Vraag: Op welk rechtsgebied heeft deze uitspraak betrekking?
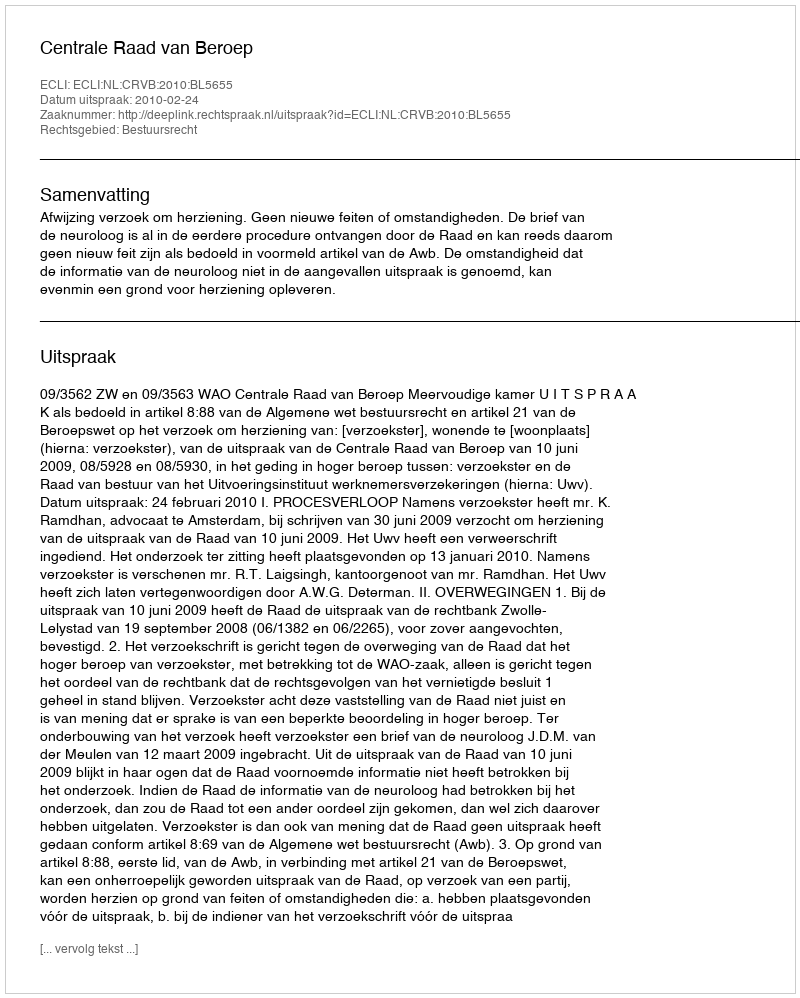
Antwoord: Bestuursrecht